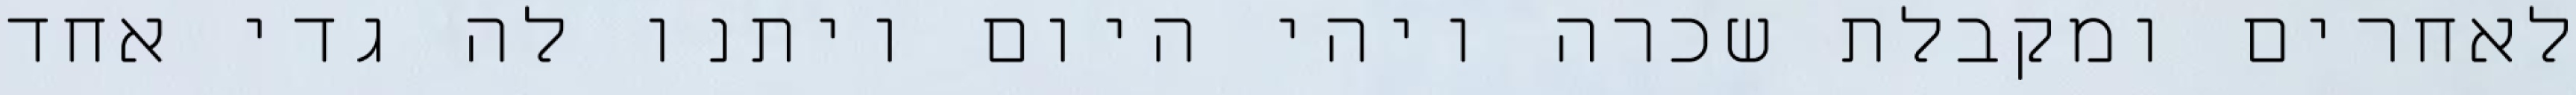
לאחרים ומקבלת שכרה ויהי היום ויתנו לה גדי אחד